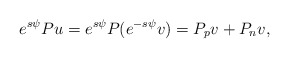
\begin{align*} e^{s\psi}Pu=e^{s\psi}P(e^{-s\psi}v)=P_pv+P_nv,\end{align*}